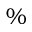
\%